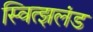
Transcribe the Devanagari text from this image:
स्वित्झलंड